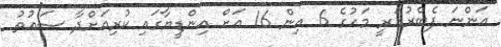
އަންނަ ފެބްރުއަރީ މަހުގެ 6 އިން 16 އަށް އިންޑީޔާގައި ކުރިއަށްދާ ސައުތު